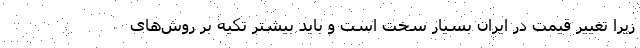
زیرا تغییر قیمت در ایران بسیار سخت است و باید بیشتر تکیه بر روش‌های